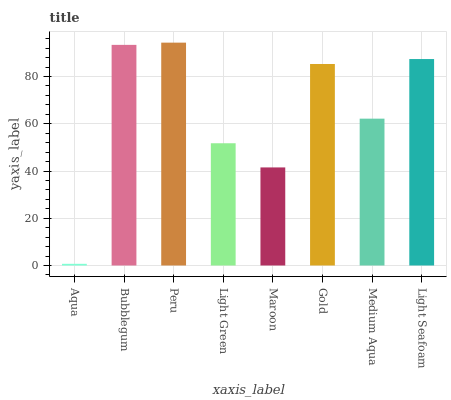
| xaxis_label | bars |
 | --- | --- |
 | Aqua | 0.71 |
 | Bubblegum | 93.4 |
 | Peru | 94.4 |
 | Light Green | 51.8 |
 | Maroon | 41.5 |
 | Gold | 85.3 |
 | Medium Aqua | 62.2 |
 | Light Seafoam | 87.4 |